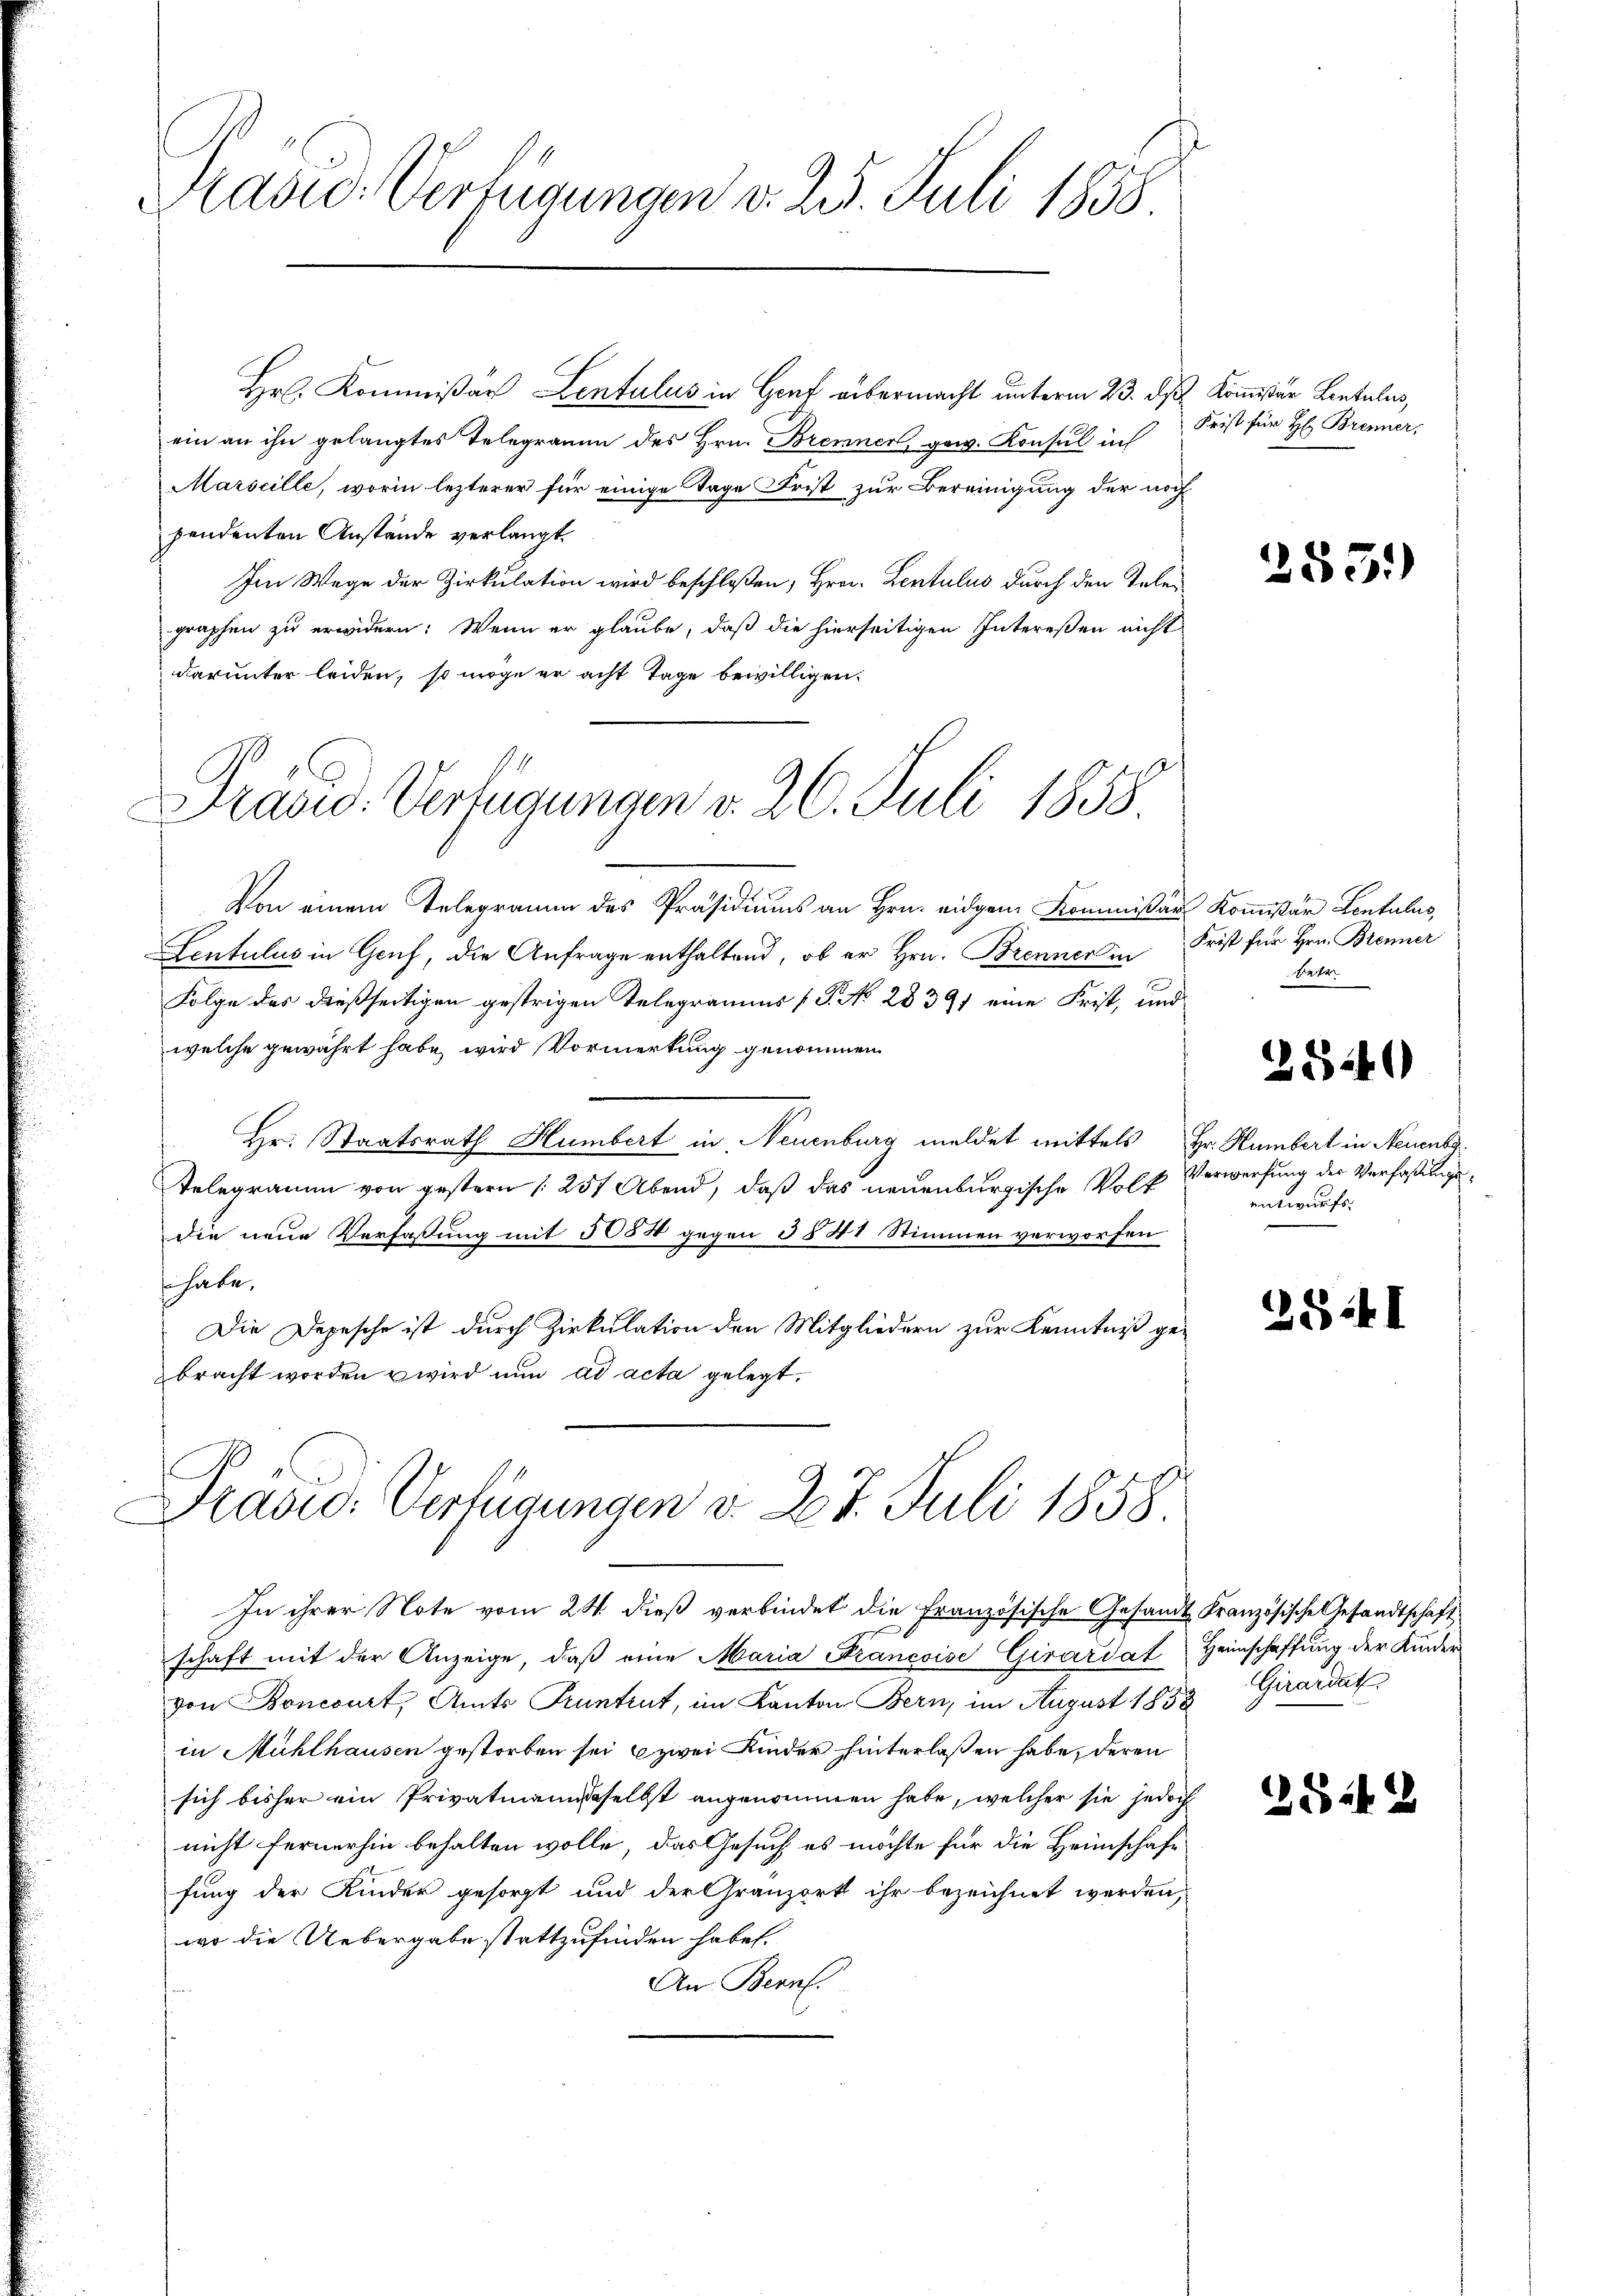
Präsid. Verfügungen v. 25. Juli 1858.

Hr. Kommißär Lentulus in Genf abermacht unterm 23. ds Kommißion Lontulus,
ein an ihn gelangtes Telegramm des Hrn. Brenner, gew. Konsul in
Marseille, worin lezterer für einige Tage Frist zur Bereinigung der noch
pendenten Anstände verlangt
Im Wege der Zirkulation wird beschloßen, Hrn. Lentulus durch den Teler
graphen zu erwidern: Wenn er glaube, daß die hierseitigen Interessen nicht
darunter leiden, so möge er acht Tage bewilligen.
Präsid. Verfügungen v. 26. Juli 1858

Von einem Telegramm des Präsidiums an Hrn. eidgen Kommißär Kommißär Sentulus,
Lentulus in Gruf, die Anfrage enthaltend, ob er Hrn. Brenner in
Folge des dießseitigen gestrigen Telegramms (T. No 28391 eine Frist, und
welche gewährt habe, wird Vormerkung genommen
Hr. Staatsrath Humbert in Neuenburg meldet mittels Hr. Humbert in Neuenbe¬
Telegramm von gestern [257 Abend, daß das neuenburgische Volk
die neue Verfassung mit 5054 gegen §§ 48 Stimmen verworfen
s habe,
Die Depesche ist durch Zirkulation den Mitgliedern zur Kenntniß ge-
bracht worden wird nun ad acta gelegt.

Präsid. Verfügungen v. 27. Juli 1858

Frist für H: Brenner,

In ihrer Note vom 24. dieß verbindet die Französische Gesandt Kranzösische Gesandtschaft
schaft mit der Anzeige, daβ eine Maria Francoise Girardat Heimschaffung der Kinder
von Roncourt, Amts Kuntrut, im Kanton Bern, im August 1853 Girardat
in Mühlhausen gestorben sei zwei Kinder hinterlaßen habe, deren
sich bisher ein Privatmannesselbst angenommen habe, welcher sie jedoch
nicht fernerhin behalten wolle, das Gesuch es möchte für die Heimschaft
fung der Kinder gesorgt und der Gränzort ihr bezeichnet werden,
wo die Uebergabe stattzufinden habe.
An Bern.

2551)

Frist für Hrn. Brenner
Bete

2540

Verwerfung der Verfaßungsenwurfs.

2841

2542